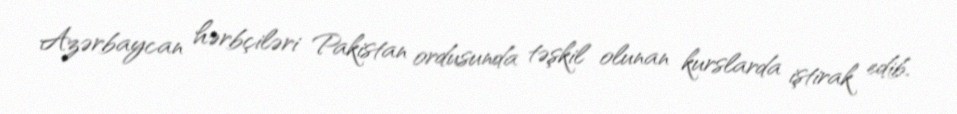
Azərbaycan hərbçiləri Pakistan ordusunda təşkil olunan kurslarda iştirak edib.